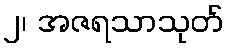
၂၊ အဇရသာသုတ်